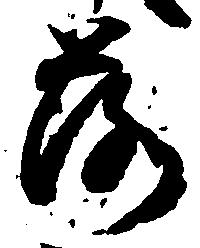
落